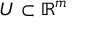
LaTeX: U \subset \mathbb { R } ^ { m }